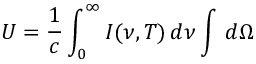
U = { \frac { 1 } { c } } \int _ { 0 } ^ { \infty } I ( \nu , T ) \, d \nu \int \, d \Omega